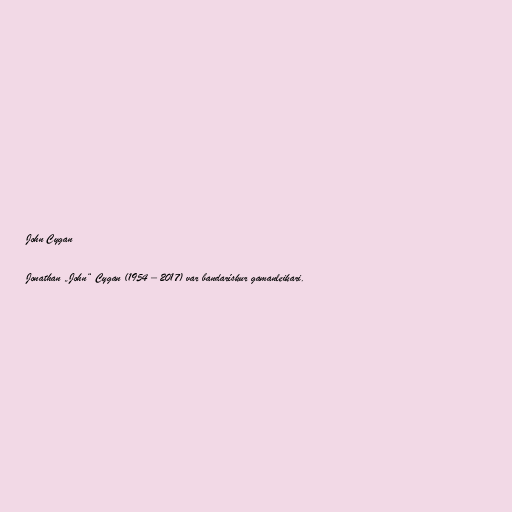
John Cygan

Jonathan „John“ Cygan (1954 – 2017) var bandarískur gamanleikari.